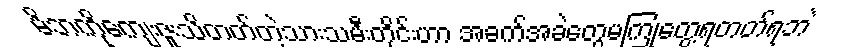
မိဘကိုကျေးဇူးသိတတ်တဲ့သားသမီးတိုင်းဟာ အခက်အခဲတွေမကြုံတွေ့ရတတ်ရဘဲ